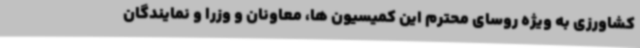
کشاورزی به ویژه روسای محترم این کمیسیون ها، معاونان و وزرا و نمایندگان